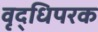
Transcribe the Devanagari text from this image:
वृद्धिपरक